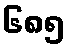
၆၈၅